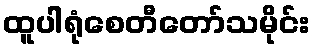
ထူပါရုံစေတီတော်သမိုင်း